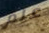
علم